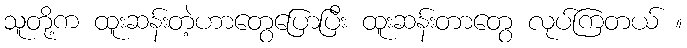
သူတို့က ထူးဆန်းတဲ့ဟာတွေပြောပြီး ထူးဆန်းတာတွေ လုပ်ကြတယ် ။